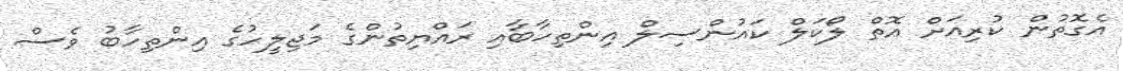
އެގޮތުން ކުރިއަށް އޮތް ލޯކަލް ކައުންސިލް އިންތިހާބާއި ރައްޔިތުންގެ މަޖިލީހުގެ އިންތިހާބު ވެސް